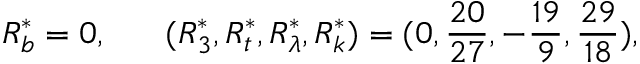
R _ { b } ^ { * } = 0 , ~ ~ ~ ~ ~ ( R _ { 3 } ^ { * } , R _ { t } ^ { * } , R _ { \lambda } ^ { * } , R _ { k } ^ { * } ) = ( 0 , { \frac { 2 0 } { 2 7 } } , - { \frac { 1 9 } { 9 } } , { \frac { 2 9 } { 1 8 } } ) ,